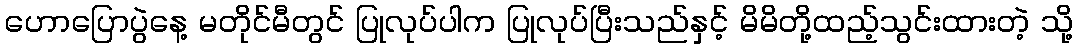
ဟောပြောပွဲနေ့ မတိုင်မီတွင် ပြုလုပ်ပါက ပြုလုပ်ပြီးသည်နှင့် မိမိတို့ထည့်သွင်းထားတဲ့ သို့